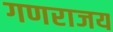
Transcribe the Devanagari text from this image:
गणराजय